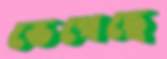
ভেগেছে